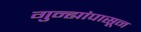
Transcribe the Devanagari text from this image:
गुन्ह्यांपासून